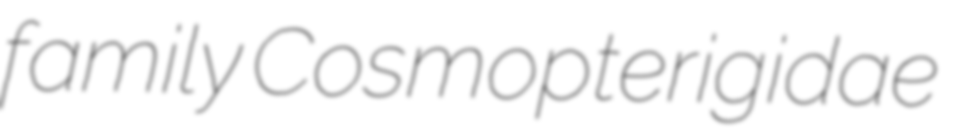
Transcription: family Cosmopterigidae